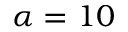
\alpha = 1 0